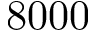
8 0 0 0